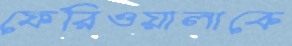
ফেরিওয়ালাকে